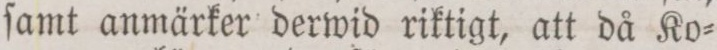
ſamt anmärker derwid riktigt, att då Ko=